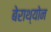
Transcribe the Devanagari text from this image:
बेराथ्योन